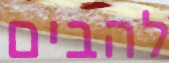
להבים